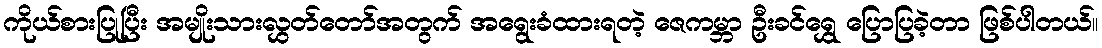
ကိုယ်စားပြုပြီး အမျိုးသားလွှတ်တော်အတွက် အရွေးခံထားရတဲ့ ဇေကမ္ဘာ ဦးခင်ရွှေ ပြောပြခဲ့တာ ဖြစ်ပါတယ်။